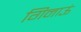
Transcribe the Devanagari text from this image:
गिनाऊं